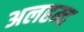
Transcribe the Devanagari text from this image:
अलहम्द